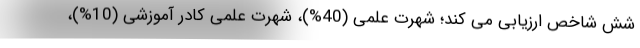
شش شاخص ارزیابی می کند؛ شهرت علمی (40%)، شهرت علمی کادر آموزشی (10%)،